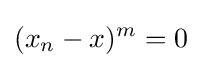
(x_{n}-x)^{m}=0